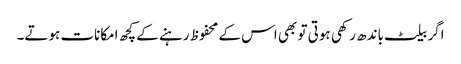
اگر بیلٹ باندھ رکھی ہوتی تو بھی اس کے محفوظ رہنے کے کچھ امکانات ہوتے۔